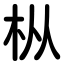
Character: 枞